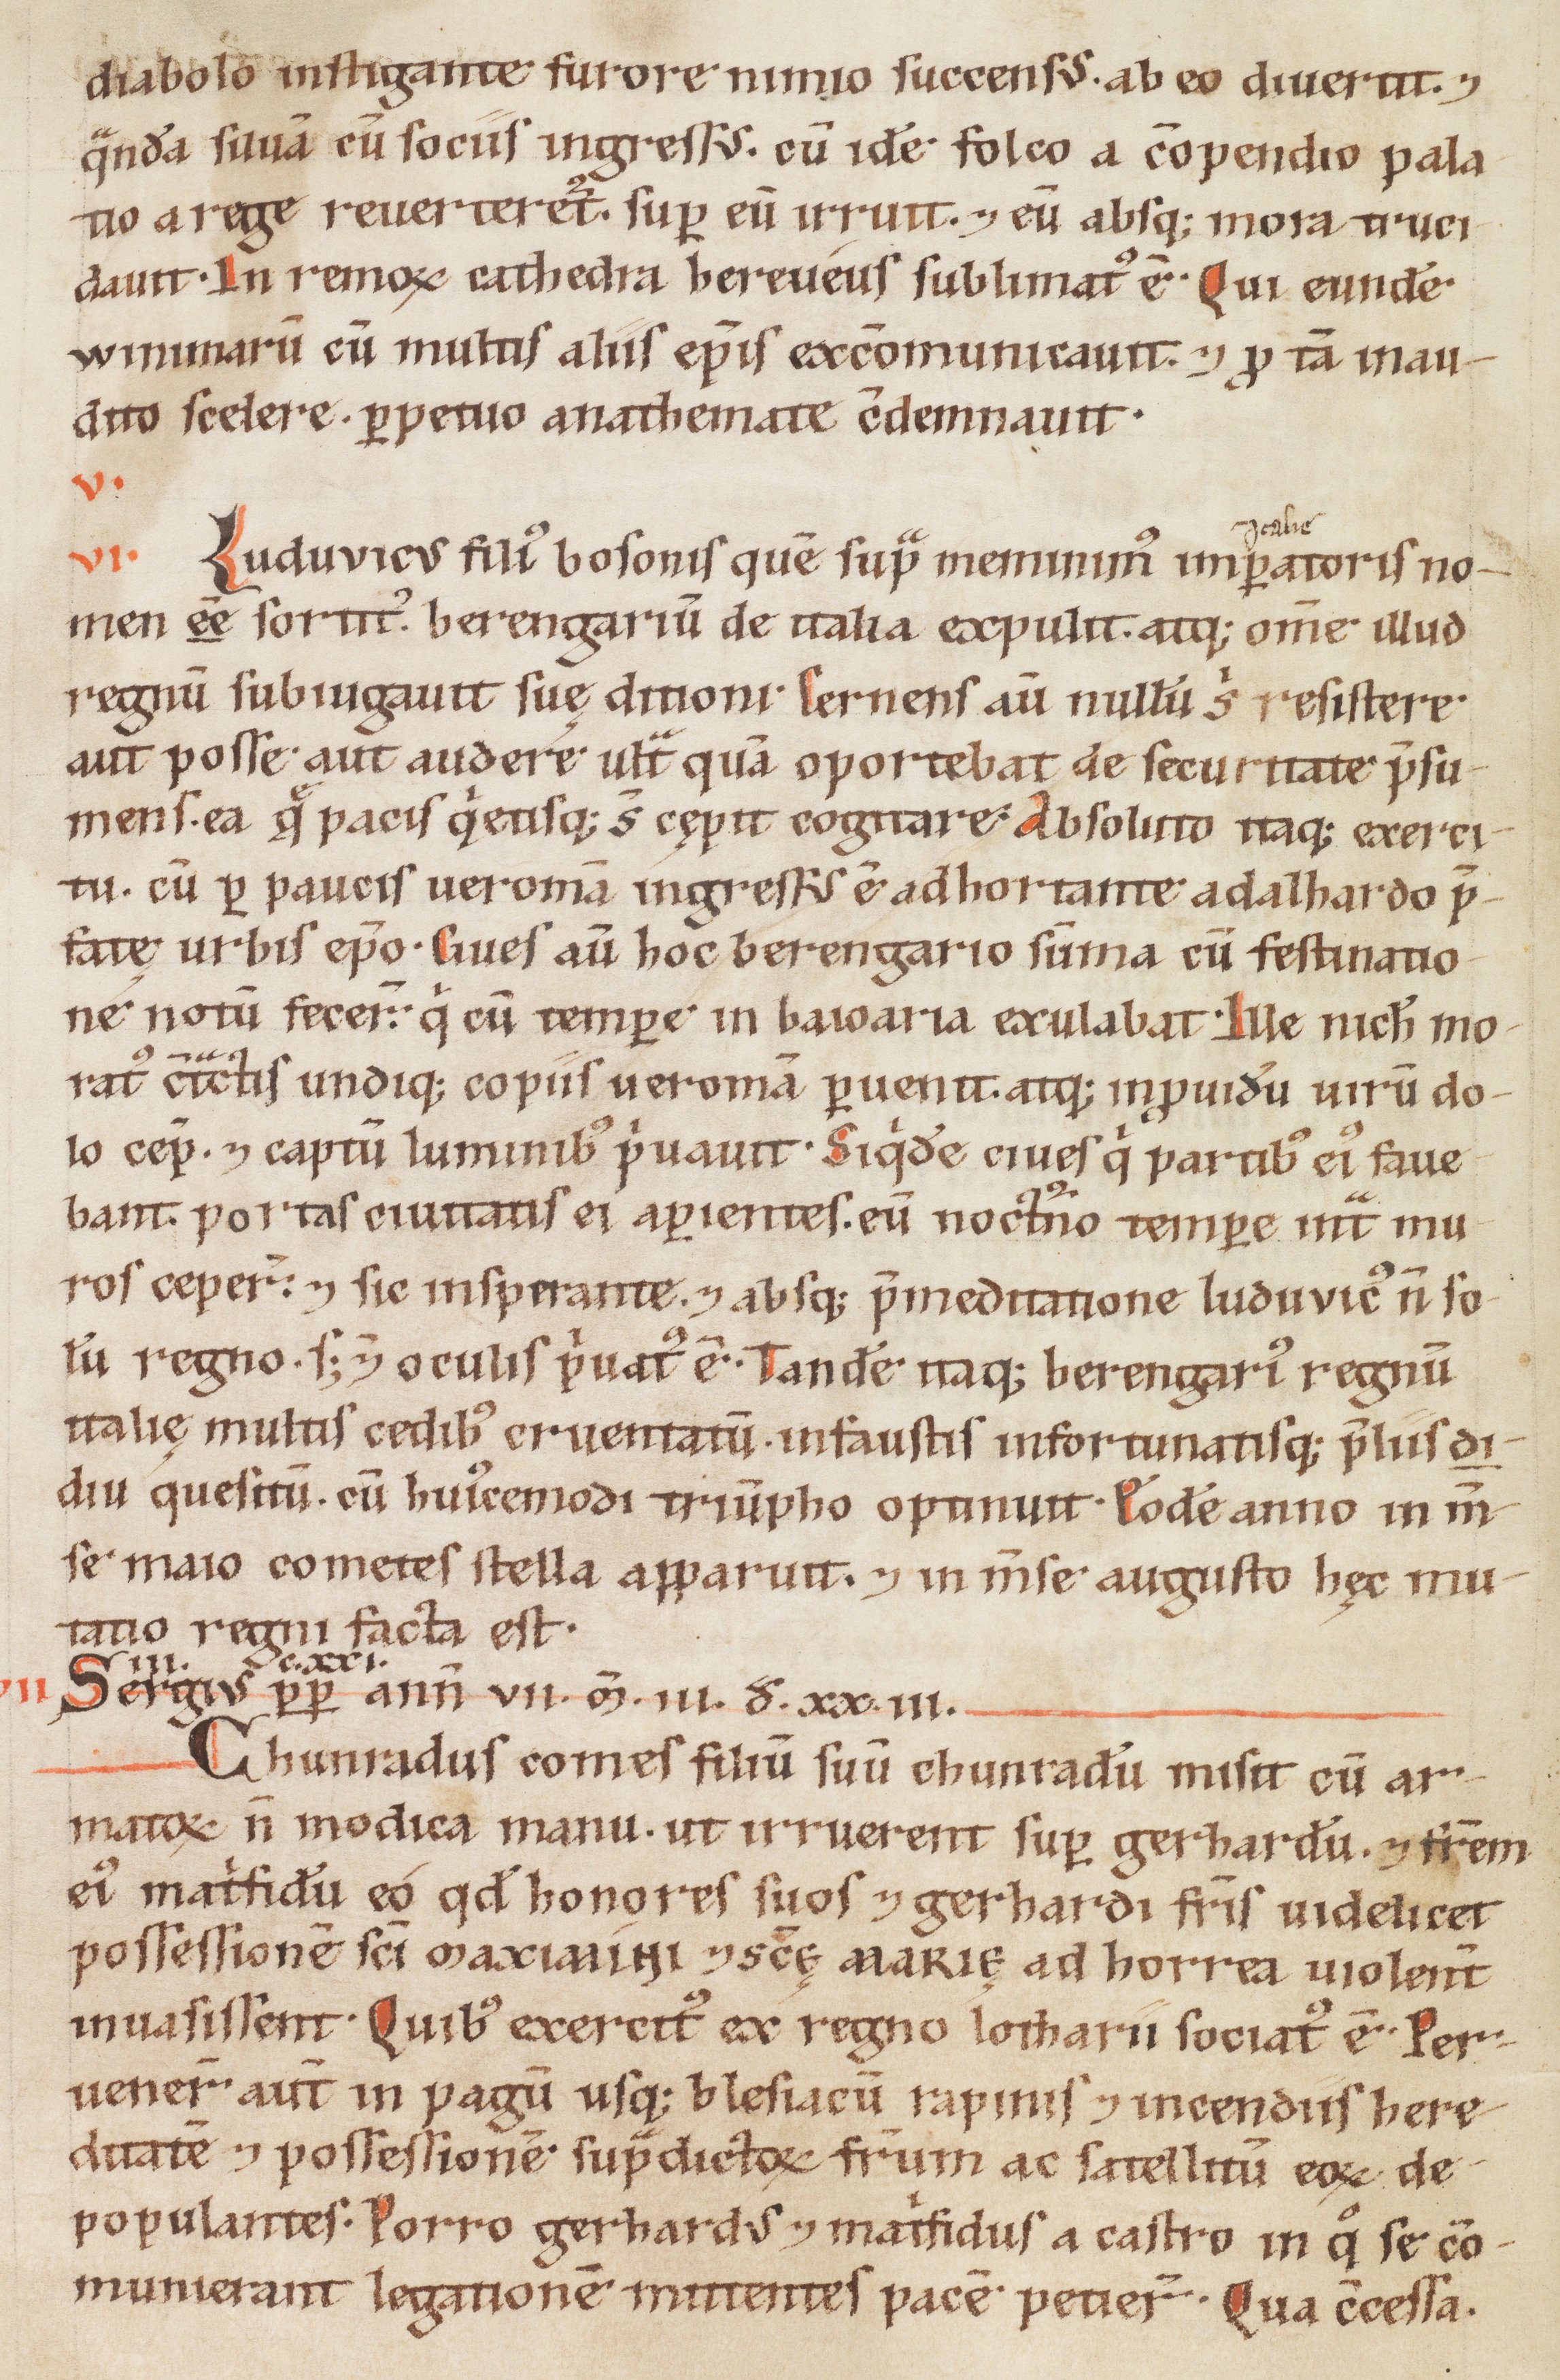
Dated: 1160–1190